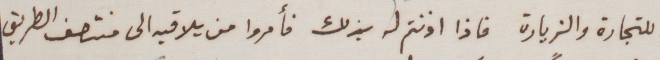
للتجارة والزيارة فاذا اذنتم له بذلك فأمروا من يلاقيه الى منتصف الطريق